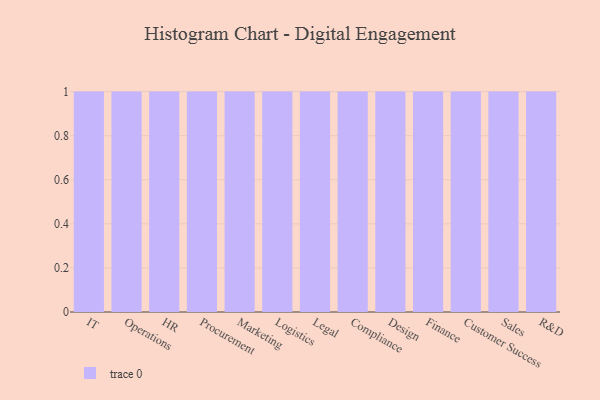
{"axis": {"x": "Department", "y": "Headcount"}, "legend": [""], "data": [{"x": "IT", "y": 96, "type": ""}, {"x": "Operations", "y": 67, "type": ""}, {"x": "HR", "y": 76, "type": ""}, {"x": "Procurement", "y": 59, "type": ""}, {"x": "Marketing", "y": 9, "type": ""}, {"x": "Logistics", "y": 26, "type": ""}, {"x": "Legal", "y": 44, "type": ""}, {"x": "Compliance", "y": 78, "type": ""}, {"x": "Design", "y": 73, "type": ""}, {"x": "Finance", "y": 56, "type": ""}, {"x": "Customer Success", "y": 90, "type": ""}, {"x": "Sales", "y": 54, "type": ""}, {"x": "R&D", "y": 47, "type": ""}]}